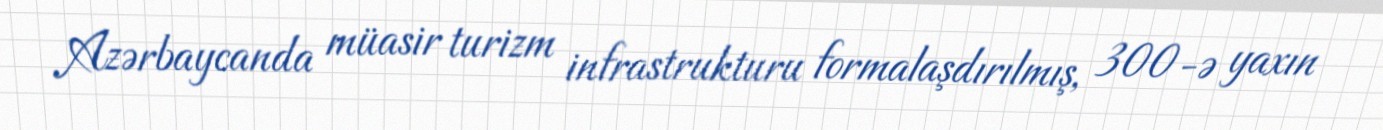
Azərbaycanda müasir turizm infrastrukturu formalaşdırılmış, 300-ə yaxın